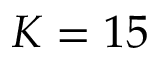
K = 1 5